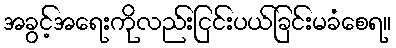
အခွင့်အရေးကိုလည်းငြင်းပယ်ခြင်းမခံစေရ။